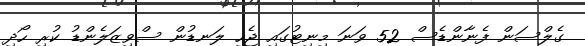
ގެލްސަން ފެނާންޑެސް 52 ވަނަ މިނިޓުގައި ޖެހި ލަނޑުން ސްވިޒަލެންޑު ކުރި ހޯދި